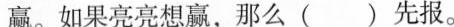
赢。如果亮亮想赢，那么( )先报。